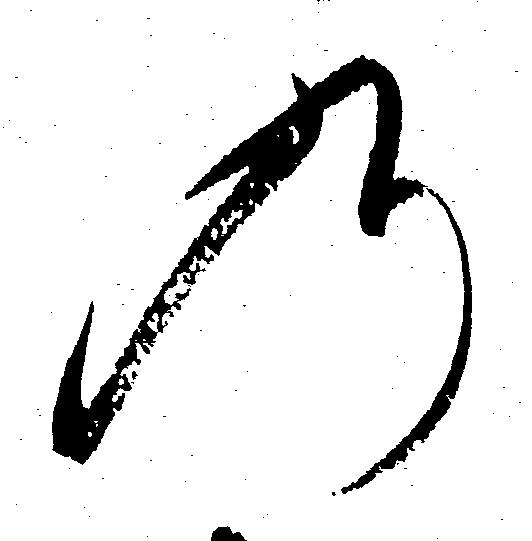
の